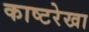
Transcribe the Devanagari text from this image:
काष्टरेखा